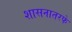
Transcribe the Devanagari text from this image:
शासनातरफे